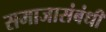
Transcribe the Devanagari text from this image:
समाजासंबंधी